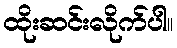
ထိုးဆင်းလိုက်ပါ။